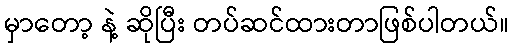
မှာတော့ နဲ့ ဆိုပြီး တပ်ဆင်ထားတာဖြစ်ပါတယ်။